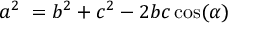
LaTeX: a ^ { 2 } \ = b ^ { 2 } + c ^ { 2 } - 2 b c \cos ( \alpha )